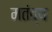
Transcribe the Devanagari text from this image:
मतंव्य